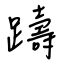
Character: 躊